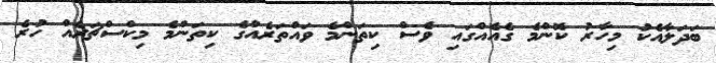
ބަދަލާއެކު މިހާރު ކޮންމެ ގެއެއްގައި ވެސް ކިތަންމެ ވައްތަރެއްގެ ކިތަންމެ މިކްސްޗަރެއް ހުރެ